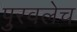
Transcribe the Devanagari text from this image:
पुरवलेच